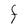
Character: F